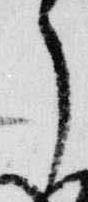
了